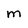
Character: M